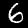
Digit: 6